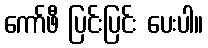
ကော်ဖီ ပြင်းပြင်း ပေးပါ။